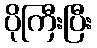
ပိုကြီးပြီး